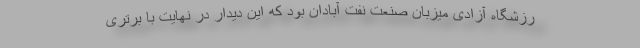
رزشگاه آزادی میزبان صنعت نفت آبادان بود که این دیدار در نهایت با برتری